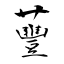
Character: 蘴